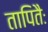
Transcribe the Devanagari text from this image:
तापितैः